Vaccination in Bombay 1924-1928 - 1924-1928
Year: 1924
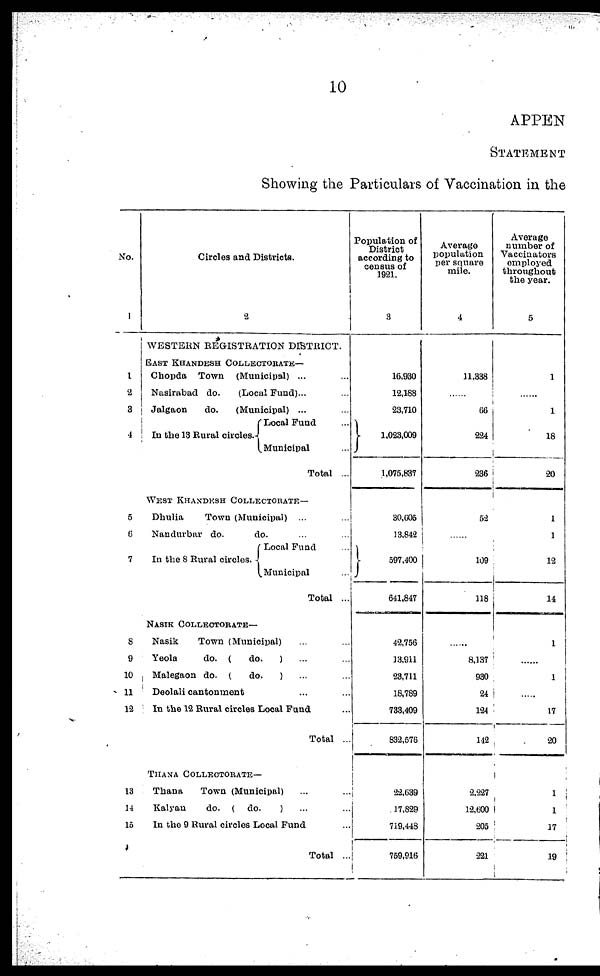
10
APPEN
STATEMENT
Showing the Particulars of Vaccination in the
No.
1
1
2
3
4
5
6
7
8
9
10
11
12
13
14
15
Circles and Districts.
2
WESTERN REGISTRATION DISTRICT.
EAST KHANDESH COLLECTORATE—
Chopda Town (Municipal) ... ...
Nasirabad do.
(Local Fund)... ...
Jalgaon
do.
(Municipal) ... ...
In the 13 Rural circles.
Local Fund ...
Municipal ...
Total ...
WEST KHANDESH COLLECTORATE—
Dhulia
Town (Municipal) ...
Nandarbar do.
do. ... ...
In the 8 Rural circles.
Local Fund ...
Municipal ...
Total ...
NASIK COLLECTORATE—
Nasik
Town (Municipal) ... ...
Yeola
do. (
do.
) ... ...
Malegaon do. (
do.
) ... ...
Deolali cantonment ... ...
In the 12 Rural circles Local Fund ...
Total ...
THANA COLLECTORATE—
Thana
Town (Municipal) ... ...
Kalyan
do. ( do.
) ... ...
In the 9 Rural circles Local Fund ...
Total ...
Population of
District
according to
census of
1921.
3
16,930
12,188
23,710
1,023,009
1,075,837
30,605
13,842
597,400
641,847
42,756
13,911
23,711
18,789
733,409
832,576
22,639
17,829
719,448
759,916
Average
population
per square
mile.
4
11,338
......
66
224
236
52
......
109
118
......
8,137
930
24
124
142
2,227
12,600
205
221
Average
number of
Vaccinators
employed
throughout
the year.
5
1
......
1
18
20
1
1
12
14
1
......
1
...
17
20
1
1
17
19